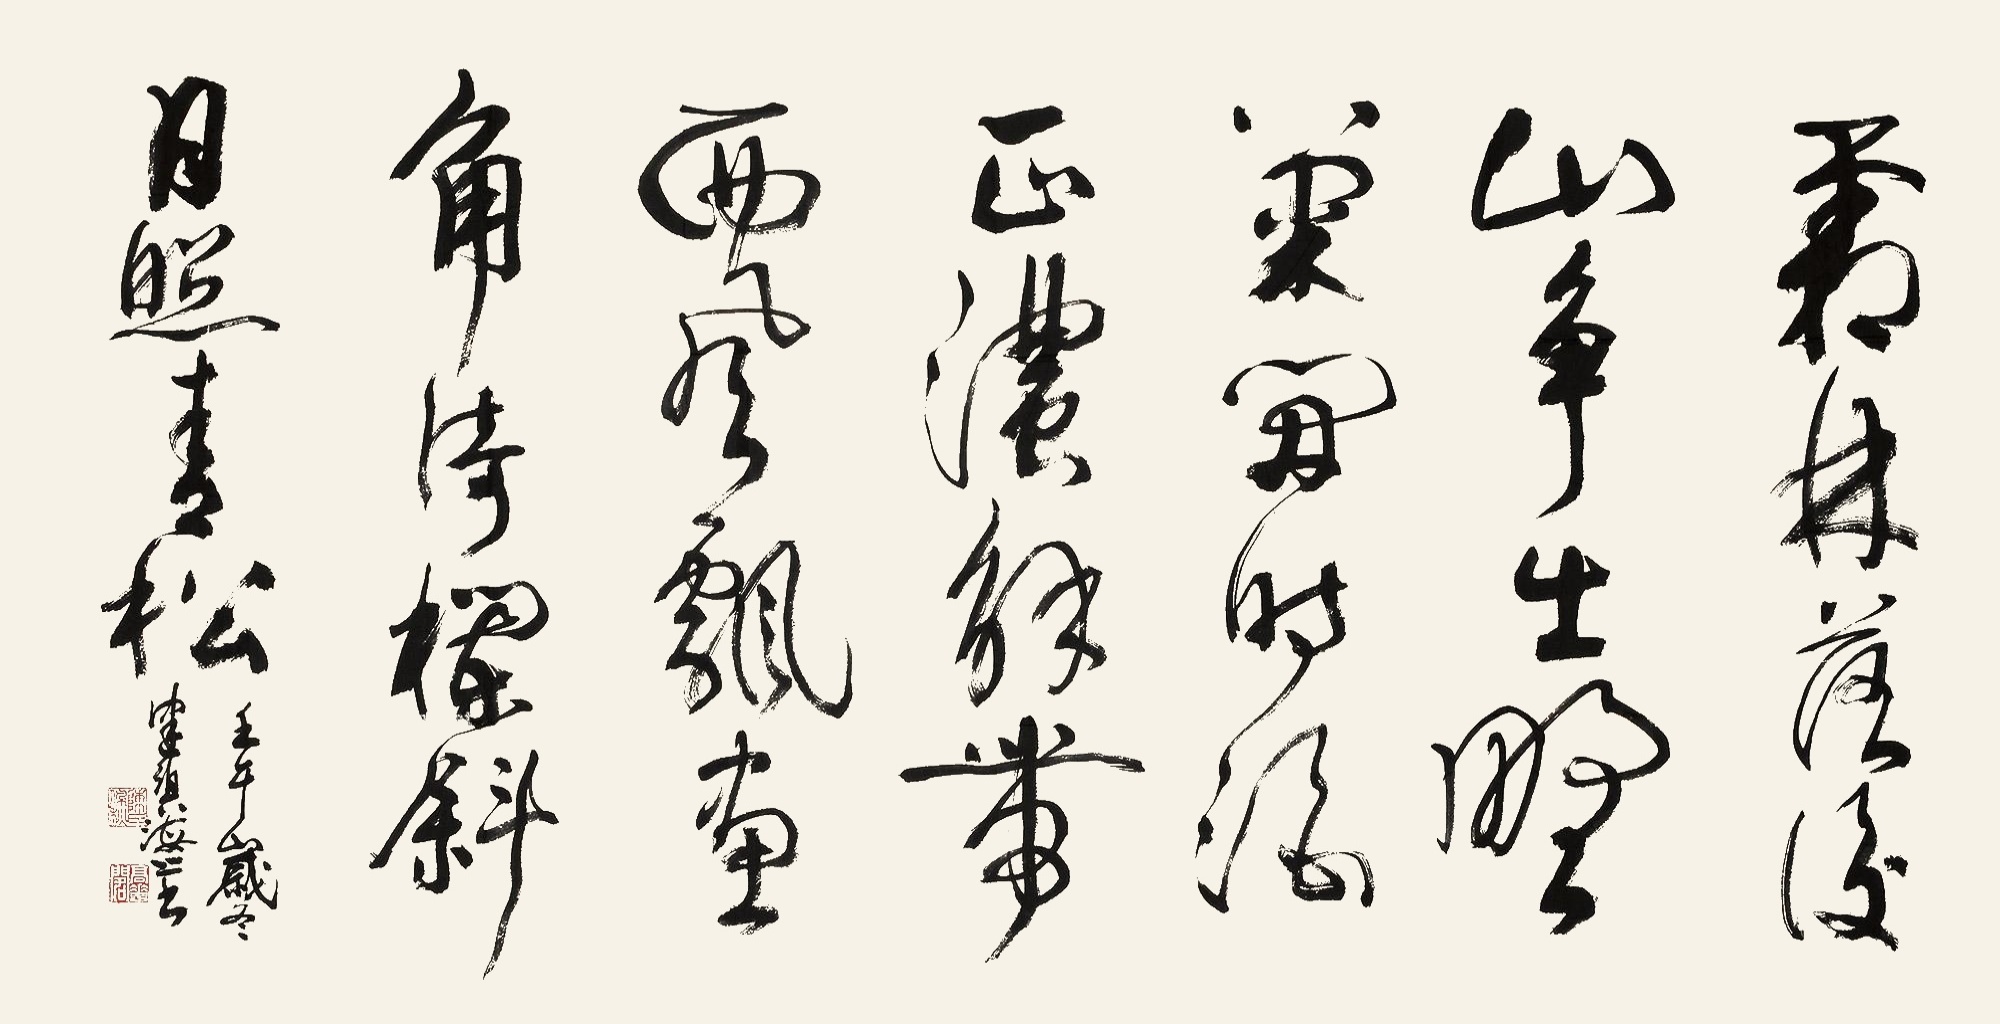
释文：霜林落后山争出，野菊开时酒正浓。解带西风飘画角，倚栏斜日照青松。壬午岁冬，健碧海上书。